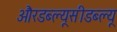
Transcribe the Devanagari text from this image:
औरडब्ल्यूसीडब्ल्यू